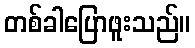
တစ်ခါပြောဖူးသည်။